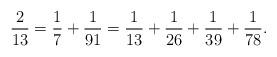
LaTeX: \begin{align*}\frac{2}{13} = \frac{1}{7} + \frac{1}{91} = \frac{1}{13} + \frac{1}{26} + \frac{1}{39} + \frac{1}{78}.\end{align*}